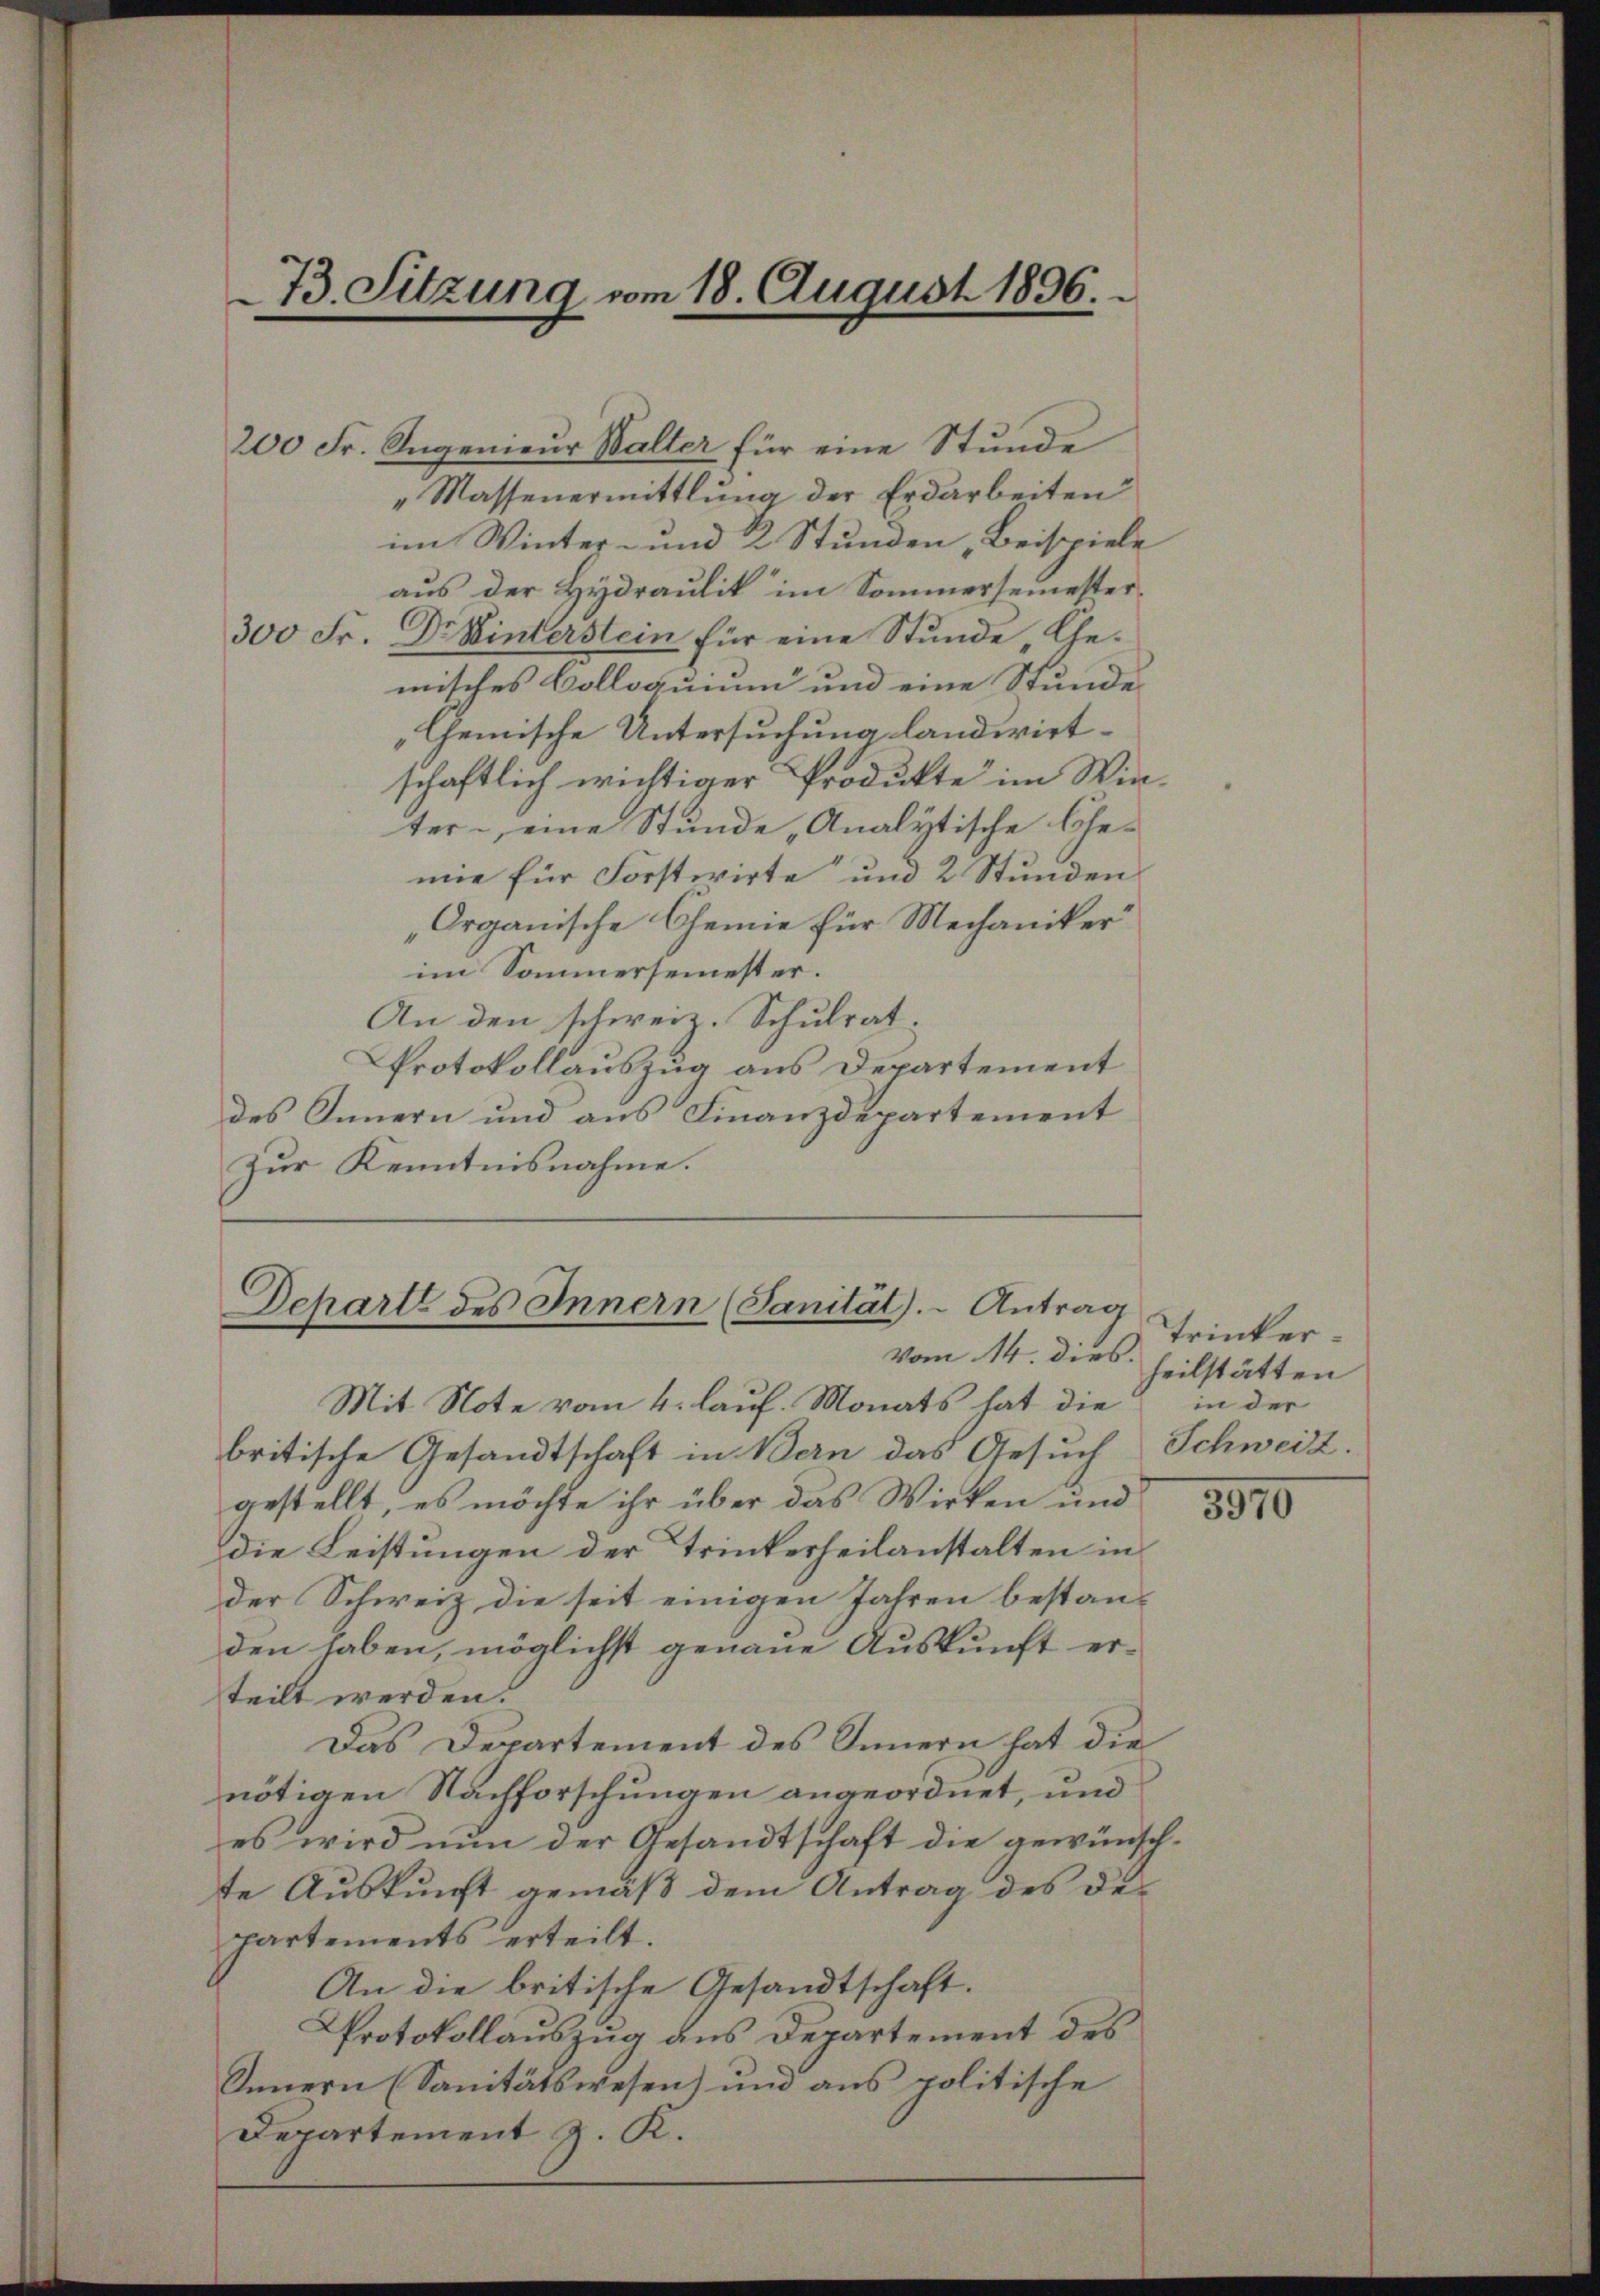
73. Sitzung vom 18. August 1896.

Dcharte des Innern (Sanität). Antrag

200 Fr. Angenieur Walter für eine Stunde
"Massenermittlung der Erdarbeiten
im Winter- und 2 Stunden Beispiele
aus der Hydraulik im Sommersemester¬
300 Fr. Dr Winterstein für eine Stunde, Gemisches Colloquium und eine Stunde
Chemische Untersuchung landwirtschaftlich wichtiger Produkte im Winter eine Stunde Analytische Gemie für Forstwirte“ und 2 Stunden
„Organische Chemie für Mechaniker
im Sommersemester.
An den schweiz. Schulrat¬
Protokollauszug aus Departement
des Innern und aus Finanzdepartement
Zur Kenntnisnahme.

vom 14. dies heilstätten

Mit Note vom 4. lauf. Monats hat die
britische Gesandtschaft in Bern das Gesuch Schweiz.
gestellt, es möchte ihr über das Wirken und 8500
die Leistungen der Trinkerheilanstalten in
der Schweiz die seit einigen Jahren bestanden haben, möglichst genaue Auskunft erteilt werden.
Das Departement des Innern hat die
nötigen Nachforschungen angeordnet, und
es wird nun der Gesandtschaft die gewünschte Auskunft gemäß dem Antrag des des
partements erteilt.
An die britische Gesandtschaft.
Protokollauszug aus Departement des
Innern (Sanitätswesen) und aus politische
Departement z. K.

Trinker
in der